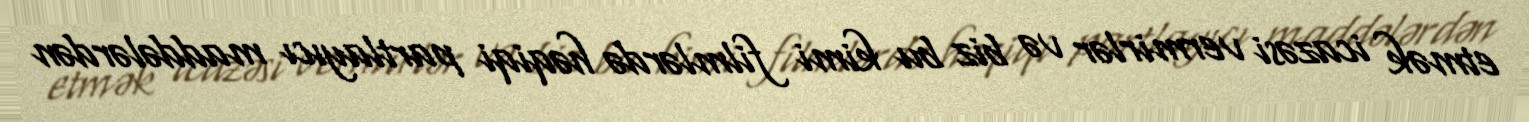
etmək icazəsi vermirlər və biz bu kimi filmlərdə həqiqi partlayıcı maddələrdən